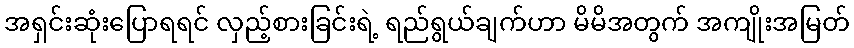
အရှင်းဆုံးပြောရရင် လှည့်စားခြင်းရဲ့ ရည်ရွယ်ချက်ဟာ မိမိအတွက် အကျိုးအမြတ်